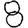
Digit: 8